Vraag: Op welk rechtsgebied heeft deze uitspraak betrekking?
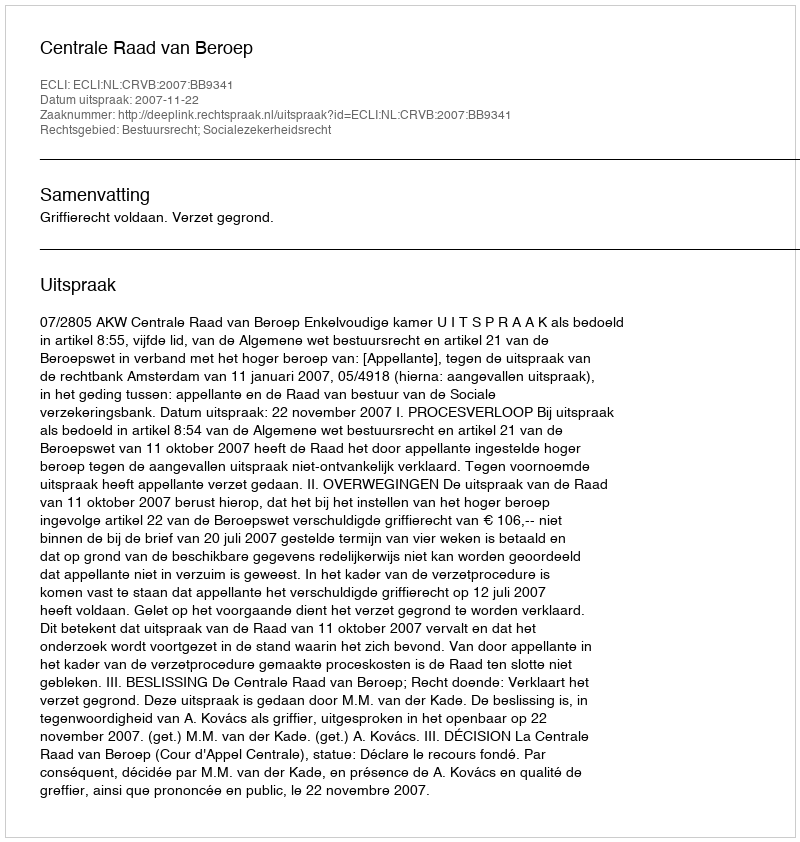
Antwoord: Bestuursrecht; Socialezekerheidsrecht